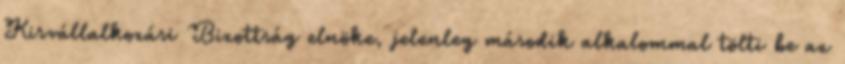
Kisvállalkozási Bizottság elnöke, jelenleg második alkalommal tölti be az